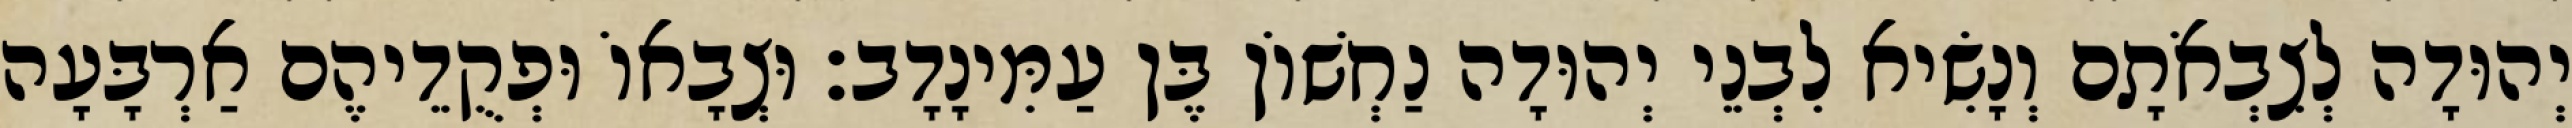
יְהוּדָה לְצִבְאֹתָם וְנָשִׂיא לִבְנֵי יְהוּדָה נַחְשׁוֹן בֶּן עַמִּינָדָב׃ וּצְבָאוֹ וּפְקֻדֵיהֶם אַרְבָּעָה